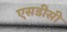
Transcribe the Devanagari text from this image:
एसडीसी